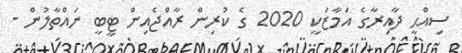
ސިއްޙީ ދާއިރާގެ އަމާޒަކީ 2020 ގެ ކުރިން ރާއްޖެއިން ޓީބީ ނައްތާލުން -